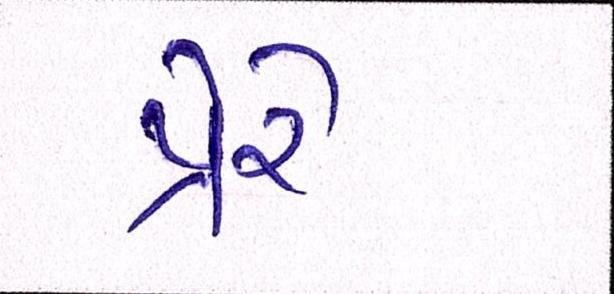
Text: પ્રેરે